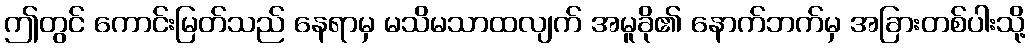
ဤတွင် ကောင်းမြတ်သည် နေရာမှ မသိမသာထလျက် အမူခို၏ နောက်ဘက်မှ အခြားတစ်ပါးသို့